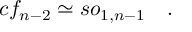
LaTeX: c f _ { n - 2 } \simeq s o _ { 1 , n - 1 } \quad .